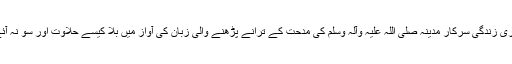
ساری زندگی سرکار مدینہ صلی اللہ علیہ وآلہ وسلم کی مدحت کے ترانے پڑھنے والی زبان کی آواز میں بلا کیسے حلاوت اور سو نہ آئے ۔